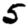
Digit: 5